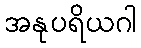
အနုပရိယဂါ